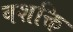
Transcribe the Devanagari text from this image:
वशक्ति